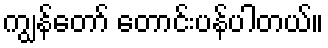
ကျွန်တော် တောင်းပန်ပါတယ်။